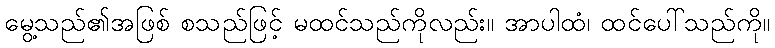
မွေ့သည်၏အဖြစ် စသည်ဖြင့် မထင်သည်ကိုလည်း။ အာပါထံ၊ ထင်ပေါ်သည်ကို။